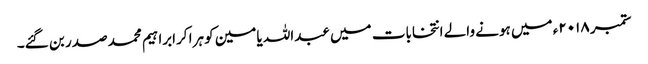
ستمبر ۲۰۱۸ء میں ہونے والے انتخابات میں عبداللہ یامین کو ہرا کرابراہیم محمد صدر بن گئے۔